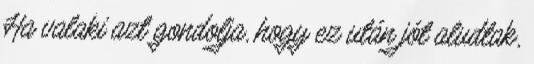
Ha valaki azt gondolja, hogy ez után jót aludtak,